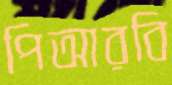
পিআরবি